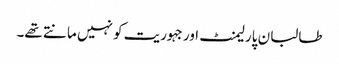
طالبان پارلیمنٹ اور جہوریت کو نہیں مانتے تھے۔